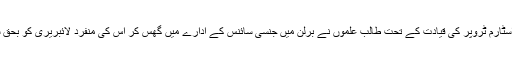
6 مئی، 1933ء کو اسٹارم ٹروپر کی قیادت کے تحت طالب علموں نے برلن میں جنسی سائنس کے ادارے میں گھس کر اس کی منفرد لائبریری کو بحق سرکار ضربط کر لیا۔